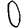
Digit: 0